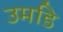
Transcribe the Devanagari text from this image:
उमडि